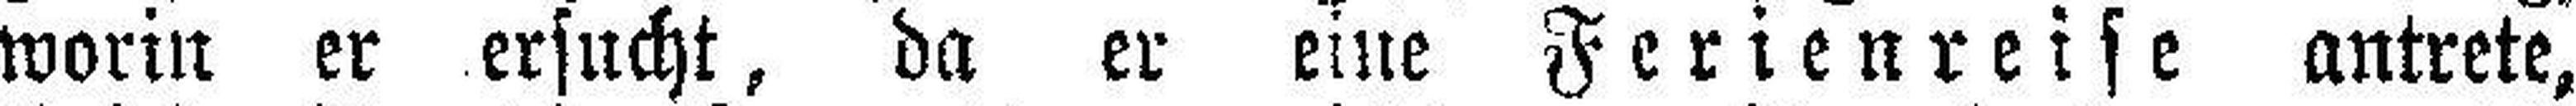
worin er ersucht, da er eine Ferienreise antrete,